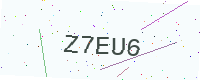
Text: Z7EU6